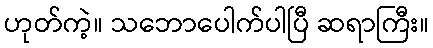
ဟုတ်ကဲ့။ သဘောပေါက်ပါပြီ ဆရာကြီး။